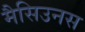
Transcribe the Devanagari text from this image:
मैसिउनस